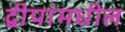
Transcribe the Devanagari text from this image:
द्वीपांमधील